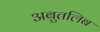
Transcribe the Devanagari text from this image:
अबुतलिब